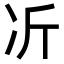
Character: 𫥁